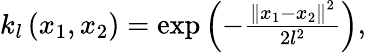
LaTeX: \begin{array}{r}{k_{l}\left(x_{1},x_{2}\right)=\exp\left(-\frac{\left\| x_{1}-x_{2}\right\| ^{2}}{2l^{2}}\right),}\end{array}